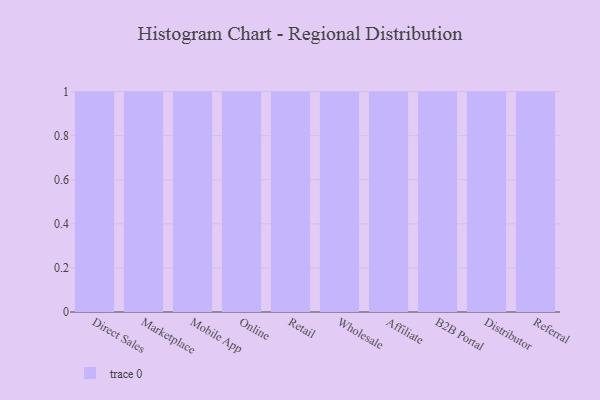
{"axis": {"x": "Channel", "y": "Tickets Resolved"}, "legend": [""], "data": [{"x": "Direct Sales", "y": 20, "type": ""}, {"x": "Marketplace", "y": 54, "type": ""}, {"x": "Mobile App", "y": 48, "type": ""}, {"x": "Online", "y": 94, "type": ""}, {"x": "Retail", "y": 26, "type": ""}, {"x": "Wholesale", "y": 63, "type": ""}, {"x": "Affiliate", "y": 41, "type": ""}, {"x": "B2B Portal", "y": 29, "type": ""}, {"x": "Distributor", "y": 59, "type": ""}, {"x": "Referral", "y": 95, "type": ""}]}